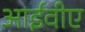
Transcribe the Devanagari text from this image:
आईवीए